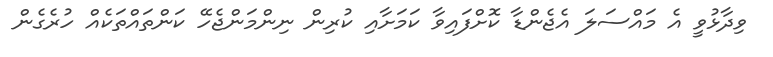
ވިދާޅުވީ އެ މައްސަލަ އެޖެންޑާ ކޮށްފައިވާ ކަމަށާއި ކުރިން ނިންމަންޖެހޭ ކަންތައްތަކެއް ހުރެގެން